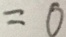
= 0